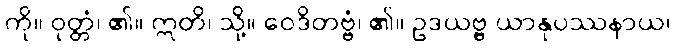
ကို။ ဝုတ္တံ၊ ၏။ ဣတိ၊ သို့။ ဝေဒိတဗ္ဗံ၊ ၏။ ဥဒယဗ္ဗ ယာနုပဿနာယ၊